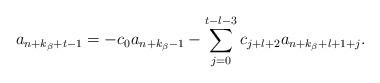
LaTeX: \begin{align*}a_{n+k_{\beta}+t-1}=-c_{0}a_{n+k_{\beta}-1}-\sum_{j=0}^{t-l-3}c_{j+l+2}a_{n+k_{\beta}+l+1+j}.\end{align*}